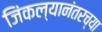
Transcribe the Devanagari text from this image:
जिंकल्यानंतरच्या